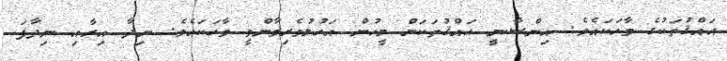
ޙައްޤުތަކުގެ ވާހަކައެވެ. އިންސާނީ ޙައްޤުތަކަށް މީހުން އަހުލުވެރިވާންވީ ވާހަކައެވެ. ނިދާ އިރާއި ނިދާފަ